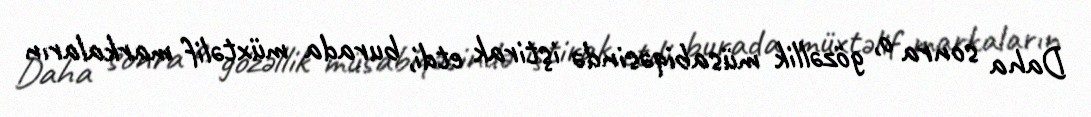
Daha sonra o, gözəllik müsabiqəsində iştirak etdi, burada müxtəlif markaların